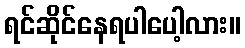
ရင်ဆိုင်နေရပါပေါ့လား။